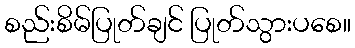
စည်းစိမ်ပြုတ်ချင် ပြုတ်သွားပစေ။